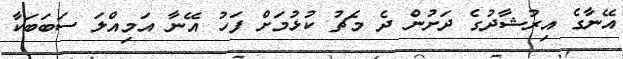
އޭނާގެ އިރުޝާދުގެ ދަށުން ދެ މެޗު ކުޅުމަށް ފަހު އޭނާ އަމިއްލަ ސަބަބަކާ